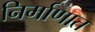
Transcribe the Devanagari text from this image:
निर्माणात